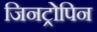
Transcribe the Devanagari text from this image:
जिनट्रोपिन